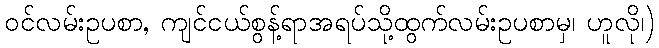
ဝင်လမ်းဥပစာ, ကျင်ငယ်စွန့်ရာအရပ်သို့ထွက်လမ်းဥပစာမှ၊ ဟူလို၊)